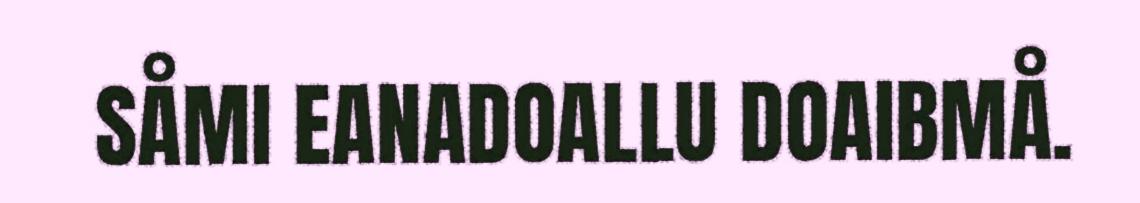
SÅMI EANADOALLU DOAIBMÅ.